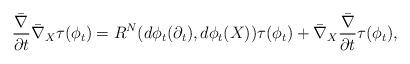
LaTeX: \begin{align*}\frac{\bar\nabla}{\partial t}\bar\nabla_{X}\tau(\phi_t)=R^N(d\phi_t(\partial_t),d\phi_t(X))\tau(\phi_t)+\bar\nabla_{X}\frac{\bar\nabla}{\partial t}\tau(\phi_t),\end{align*}